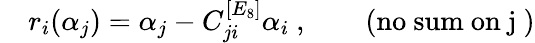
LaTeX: \quad r_{i}(\alpha_{j})=\alpha_{j}-C_{ji}^{[E_{8}]}\alpha_{i}~,\qquad\mathrm{(no~sum~on~j~)}